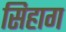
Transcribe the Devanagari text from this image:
सिहाग